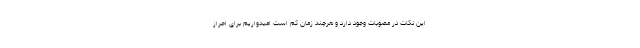
این نکات در مصوبات وجود دارد و هرچند زمان کم است امیدواریم برای احراز